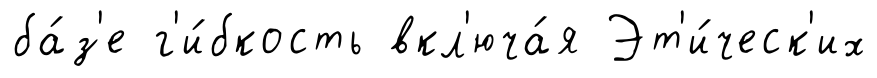
ба́з'е г'и́бкость вкл'юча́я Эт'и́ческ'их